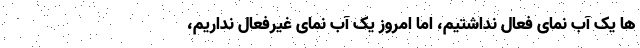
ها یک آب نمای فعال نداشتیم، اما امروز یک آب نمای غیرفعال نداریم،